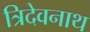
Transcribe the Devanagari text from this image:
त्रिदेवनाथ